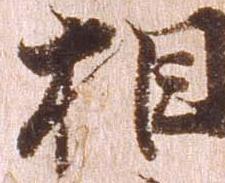
相